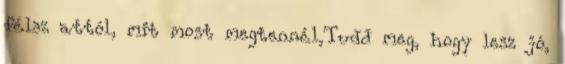
félsz attól, mit most megtennél,Tudd meg, hogy lesz jó,